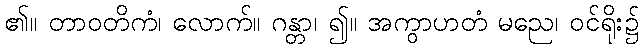
၏။ တာဝတိကံ၊ လောက်။ ဂန္တာ၊ ၍။ အကွာဟတံ မညေ၊ ဝင်ရိုး၌